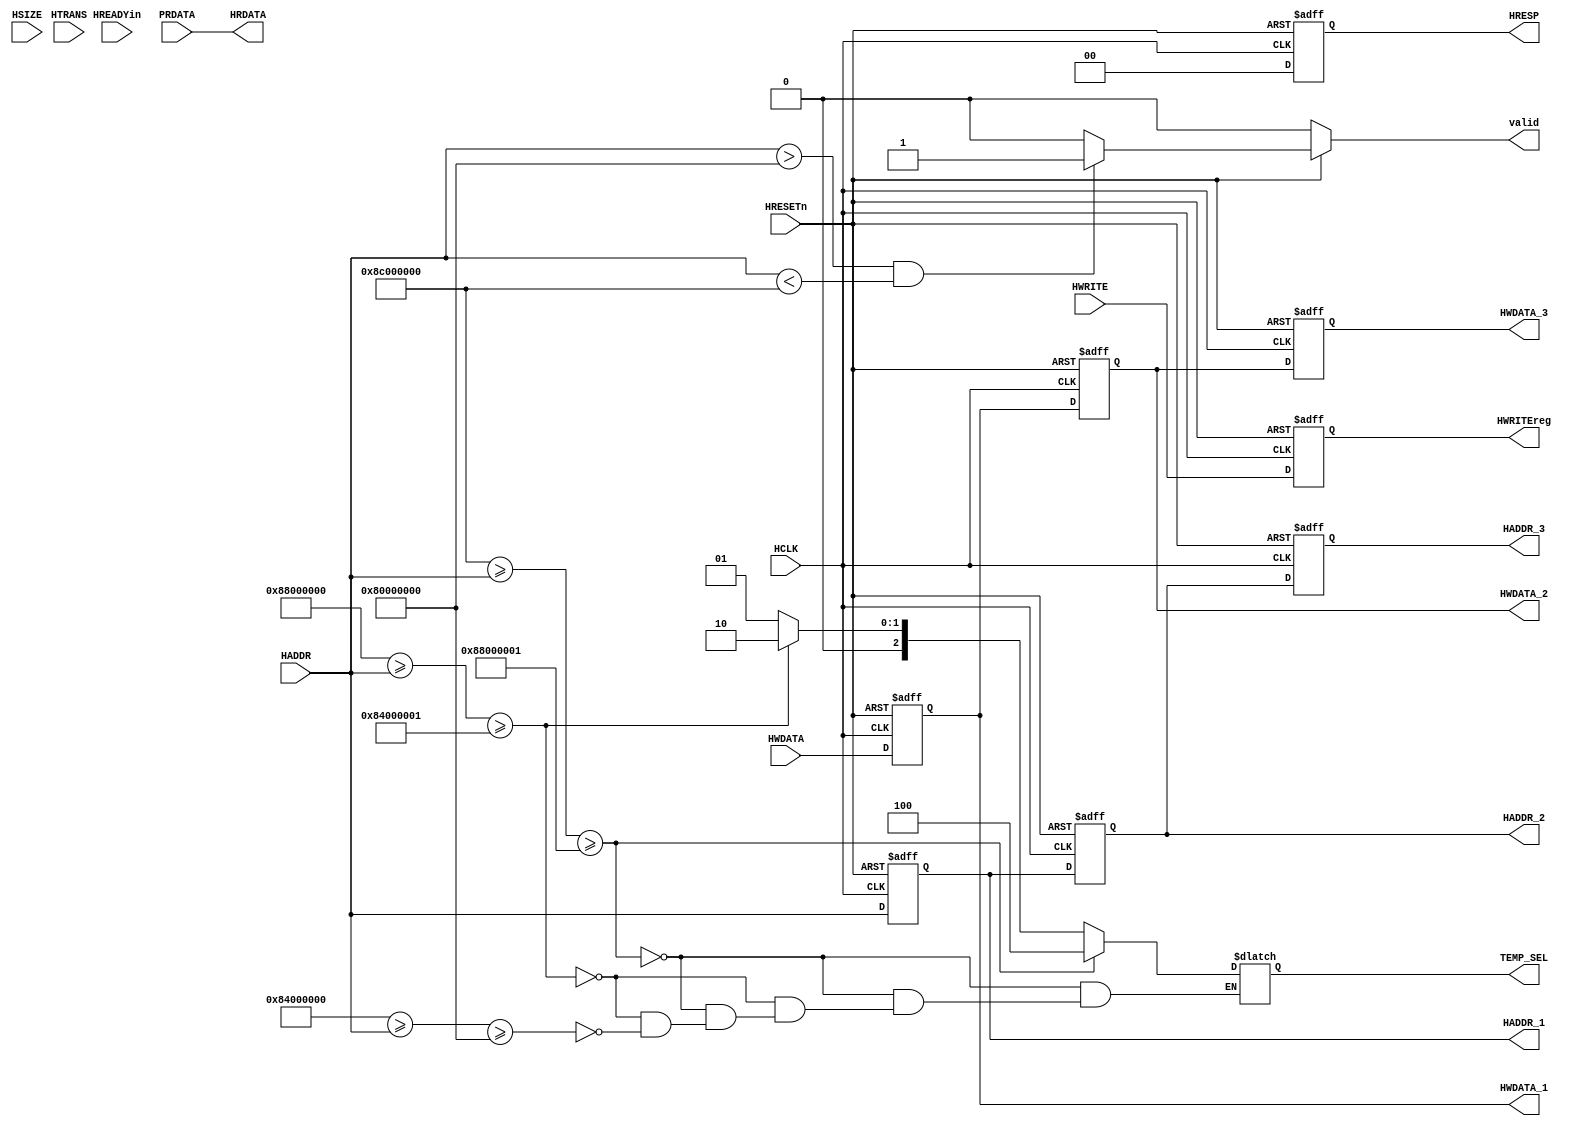
module ahb_slave(HADDR,HWDATA,HTRANS,HREADYin,HWRITE,HRESP, HRDATA,
		HSIZE,HCLK,HRESETn,HADDR_1,HWDATA_1,HADDR_2,HWDATA_2,
		HADDR_3,HWDATA_3,HWRITEreg,valid,TEMP_SEL,PRDATA);

input	[31:0]HADDR,HWDATA,PRDATA;
input	[1:0]HTRANS;
input	HREADYin,HWRITE;
input	[2:0]HSIZE;
input	HCLK,HRESETn;
	

output reg	[31:0]HADDR_1,
		HWDATA_1,
		HADDR_2,
		HWDATA_2,
		HADDR_3,
		HWDATA_3;

output 		[31:0]HRDATA;
	

output reg 	HWRITEreg,valid;
output reg	[1:0]HRESP;
output reg	[2:0]TEMP_SEL;



assign HRDATA=PRDATA;


parameter IDLE=2'b00,
	  BUSY=2'b01,
	  NONSEQ=2'b10,
	  SEQ=2'b11;



always@(posedge HCLK,negedge HRESETn)
  begin
	HRESP=0;

	if(~HRESETn)
       	 begin
          HADDR_1<=0;
	  HADDR_2<=0;
	  HADDR_3<=0;
	 end

	
	else
	  begin
	    HADDR_1<=HADDR;
	    HADDR_2<=HADDR_1;
	    HADDR_3<=HADDR_2;
	  end
 end


always@(posedge HCLK, negedge HRESETn)
  begin
	if(~HRESETn)
	  begin
	    HWDATA_1<=0;
	    HWDATA_2<=0;
	    HWDATA_3<=0;
	  end

	else
	  begin
	   HWDATA_1<=HWDATA;
	   HWDATA_2<=HWDATA_1;
	   HWDATA_3<=HWDATA_2;
	  end
  end


always@(posedge HCLK, negedge HRESETn)
  begin
	if(~HRESETn)
	   HWRITEreg<=0;
	else
	   HWRITEreg<=HWRITE;
  end
       

always@(*)
  begin
    if(~HRESETn)
       valid=0;
    
    else if((HADDR>32'h8000_0000 && HADDR< 32'h8c00_0000) /*&&  (HTRANS==NONSEQ || HTRANS==SEQ)*/)
     
         valid=1'b1;
    else
         valid=1'b0;
   end


always@(*)
  begin

   
        if( (32'h8c00_0000 >= HADDR>=32'h8800_0001)) 
		TEMP_SEL=3'b100;
	 else if((32'h8800_0000 >= HADDR>=32'h8400_0001))
		TEMP_SEL=3'b010;
 	 else if((32'h8400_0000 >= HADDR>=32'h8000_0000))
		TEMP_SEL=3'b001;
	 
  end
endmodule